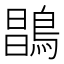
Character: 𪂇